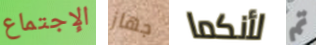
الإجتماع جهاز لأنكما تم